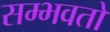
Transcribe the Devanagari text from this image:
सम्भवतो